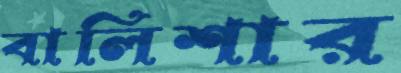
বালিশার